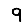
Digit: 9